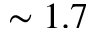
\sim 1 . 7